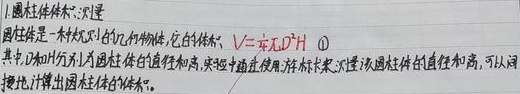
1. 圆柱体体积测量：圆柱体是一种常见的几何体，它的体积 \(V = \pi \text{（D/2）}^2 H\) 。
    - 其中，\(D\)为圆柱体的直径，\(H\)为圆柱体的高。
    - 实验中通常使用游标卡尺来测量该圆柱体的直径和高。